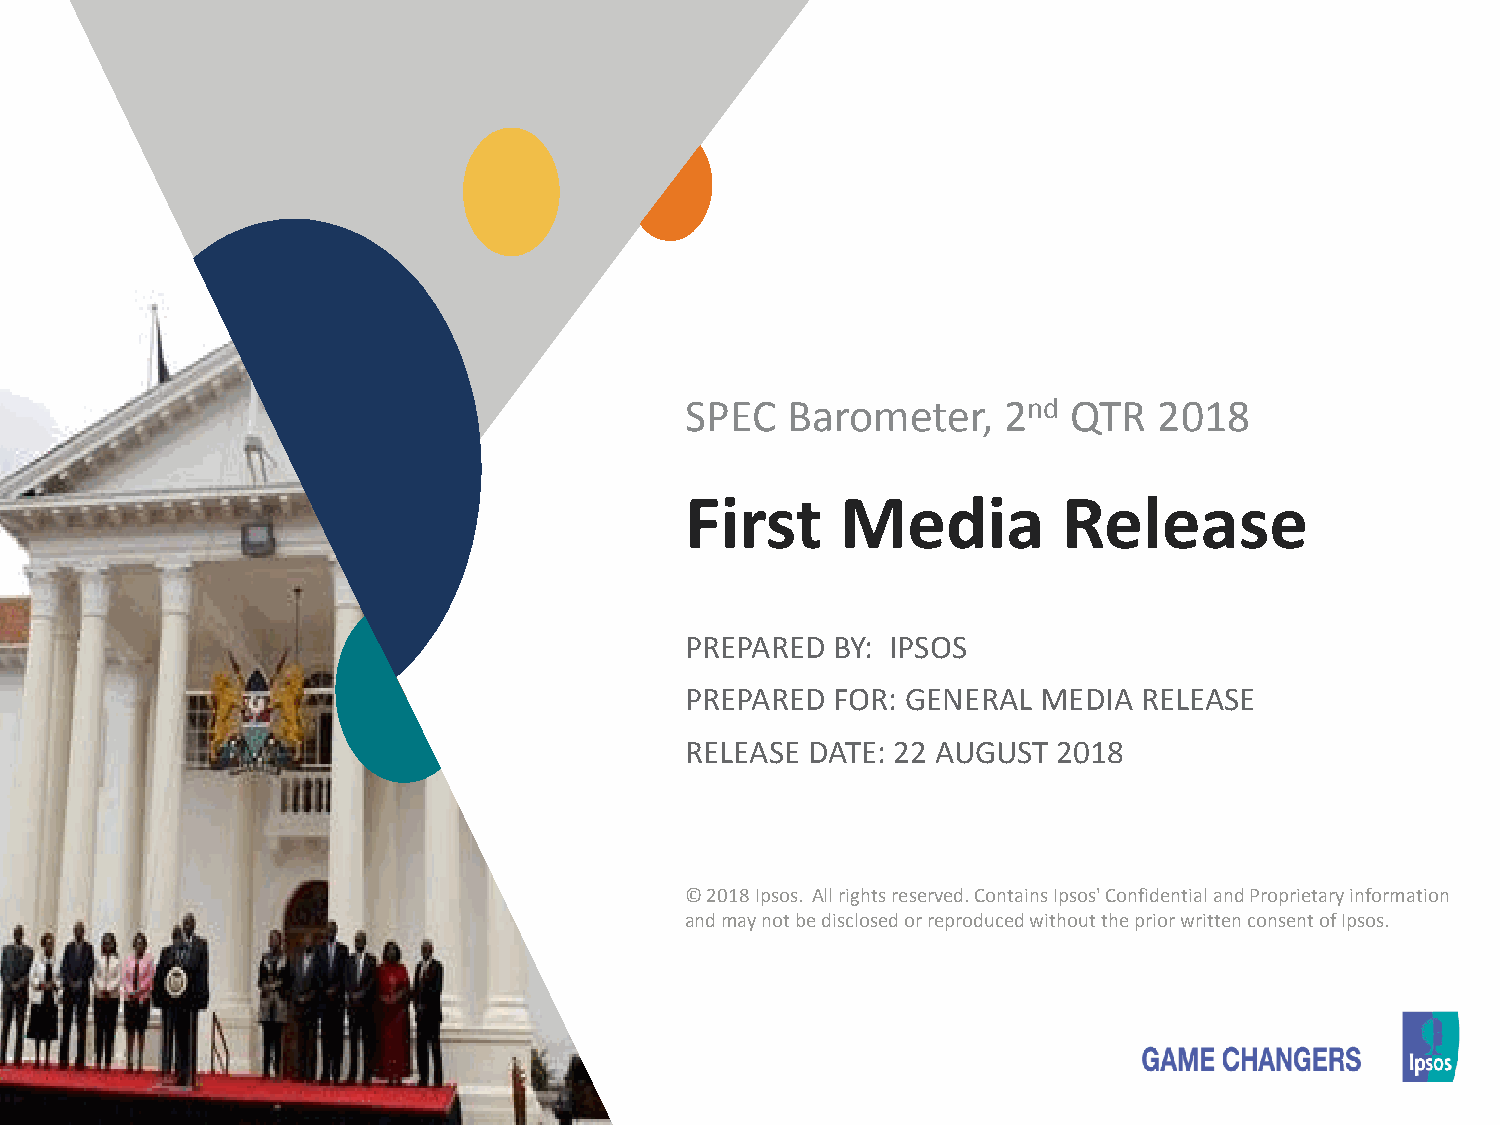
SPEC   Barometer,    2nd  QTR   2018
 First      Media         Release
 PREPARED  BY: IPSOS
 PREPARED  FOR: GENERAL  MEDIA  RELEASE
 RELEASE  DATE: 22 AUGUST 2018
 © 2018 Ipsos. All rights reserved. Contains Ipsos' Confidential and Proprietary information
 and may not be disclosed or reproduced without the prior written consent of Ipsos.
 11  © 2018 Ipsos.